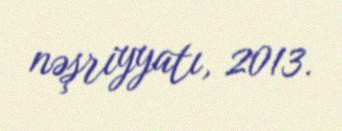
nəşriyyatı, 2013.